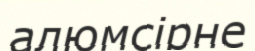
алюмсірне